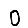
Digit: 0